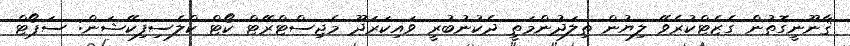
ޤާނޫނީގޮތުން ގެޒެޓްކުރެވޭ ލިޔުން ތިލަދުންމަތީ ދެކުނުބުރީ ވައިކަރަދޫ މެޖިސްޓްރޭޓް ކޯޓް ކްލެސިފިކޭޝަން: ސަޕޯޓް